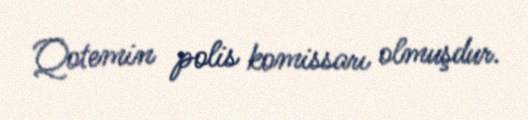
Qotemin polis komissarı olmuşdur.